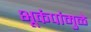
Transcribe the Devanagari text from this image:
भूकंपांमुळे